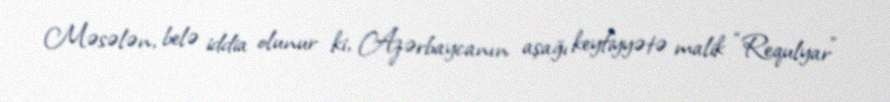
Məsələn, belə iddia olunur ki, Azərbaycanın aşağı keyfiyyətə malik “Requlyar”